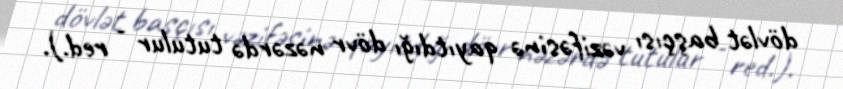
dövlət başçısı vəzifəsinə qayıtdığı dövr nəzərdə tutulur - red.).